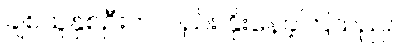
ချစ်သူနှစ်ဦးကလည်း နိုးနေခဲ့ကြသည်။